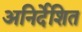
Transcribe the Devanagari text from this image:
अनिर्देशित